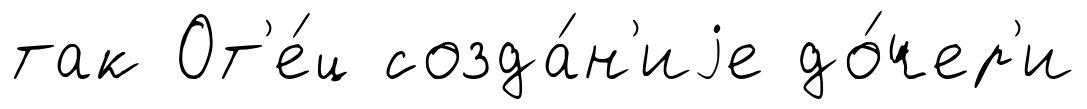
так От'е́ц созда́н'иjе до́чер'и